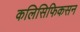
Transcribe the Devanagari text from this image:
कलिसिफिकसन